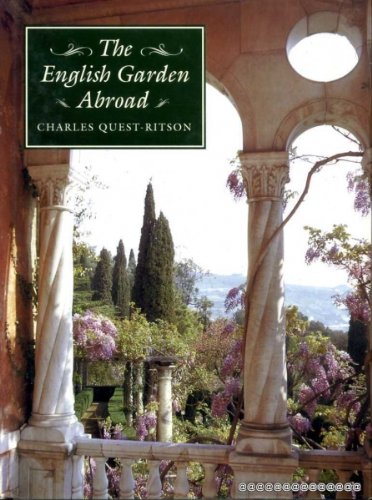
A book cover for The English Garden Abroad; Charles Quest-Ritson; Crafts, Hobbies & Home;